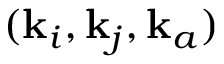
( \mathbf { k } _ { i } , \mathbf { k } _ { j } , \mathbf { k } _ { a } )